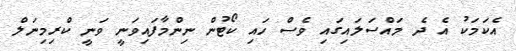
އެކަމަކު އެ ދެ މައްސަލައިގައި ވެސް ހައި ކޯޓުން ނިންމާފައިވަނީ ވަނީ ކްރިމިނަލް